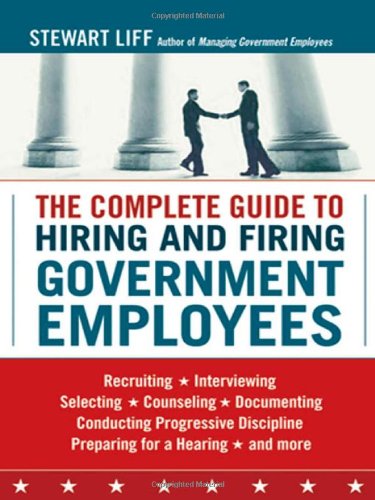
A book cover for The Complete Guide to Hiring and Firing Government Employees; Stewart Liff; Law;